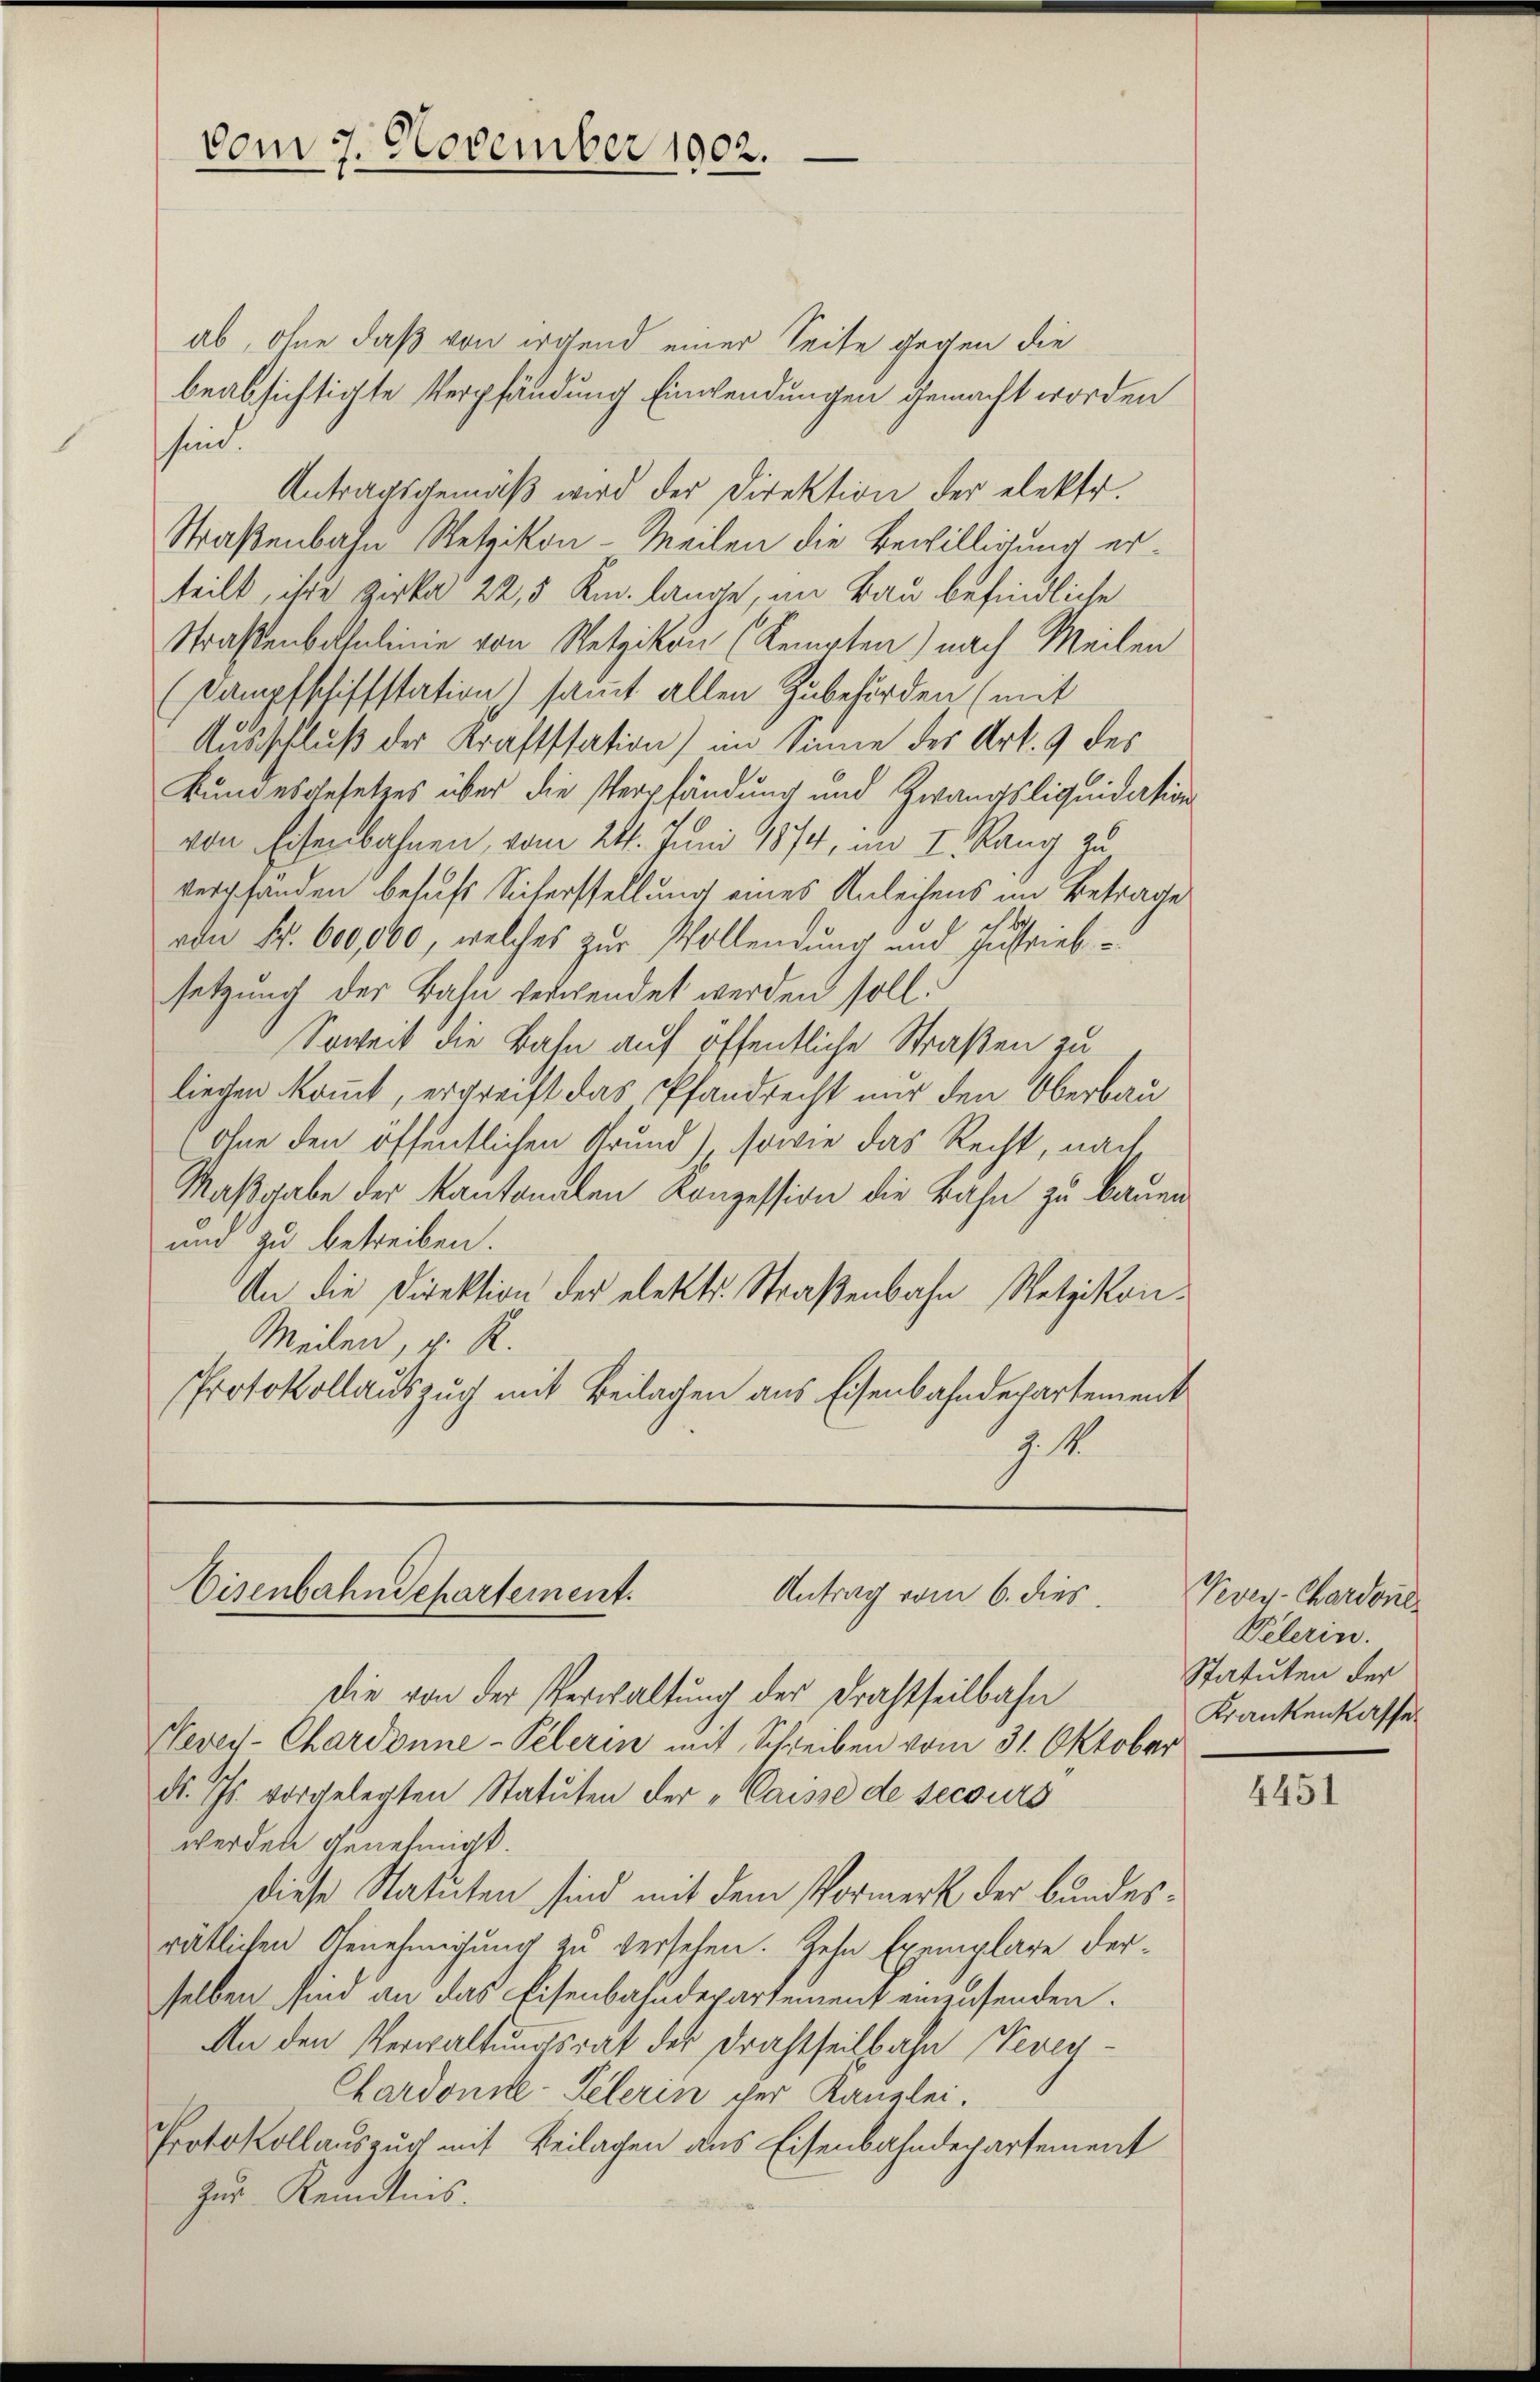
vom 7. November 1902.

ab, ohne daß von irgend einer Seite gegen die
beabsichtigte Verpfändung Einwendungen gemacht worden
sind.
Antragsgemäß wird der Direktion der elektr.
Straßenbahn Wetzikon-Meilen die Bewilligung erteilt, ihre Zirka 22,5 Km. lange, an Bau befindliche
Straßenbaltalinie von Wetzikon (Kempten) nach Meilen
(Kampfschiffstation) sammt allen Zubehörden (mit
Ausschluß der Kraftssation) im Sinne des Art. 9 des
Bundesgesetzes über die Verpfändung und Zwangsliquidation
von Eisenbahnen, vom 24. Juni 1874, im I. Rang zu
verpfanden behufs Sicherstellung eines Anleihens im Betrage
chs
von Fr. 600,000, welches zur Vollendung und zustrieb
setzung der Bahn verwendet werden soll.
Soweit die Bahn auf öffentliche Straßen zu
liegen kommt, ergreift das Pfandrecht nur den Oberbau
(ohne den öffentlichen Grund) sowie das Recht, nach
Maßgabe der Kantonalen Konzession die Bahn zu bauen
und zu betreiben.
An die Direktion der elektr. Straßenbahn Netzikon-
Meilen, v. R.
Protokollauszug mit Beilagen aus Eisenbahndepartement
J. M.

Eisenbahndepartement.
Antrag vom 6. dies

Die von der Verwaltung der Drahtheilbahn
Vevey-Chardonne-Pelerin mit Schreiben vom 31. Oktober
d. Js. vorgelegten Statuten der „Caisse de secours
werden genehmigt.
diese Statuten sind mit dem Vormerk der bundesrätlichen Genehmigung zu versehen. Zehn Exemplare derselben sind an das Eisenbahndepartement einzusenden.
An den Verwaltungsrat der Drahtheilbahn Veven¬
Chardonne-Felerin cher Kanzlei.
Protokollauszug mit Beilagen aus Eisenbahndepartement
Zur Kenntnis.

Kveg-Chardone
Pelerin.
Statuten der
Krankenkasser

4451